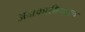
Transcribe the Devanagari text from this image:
अदाकारीप्रधान